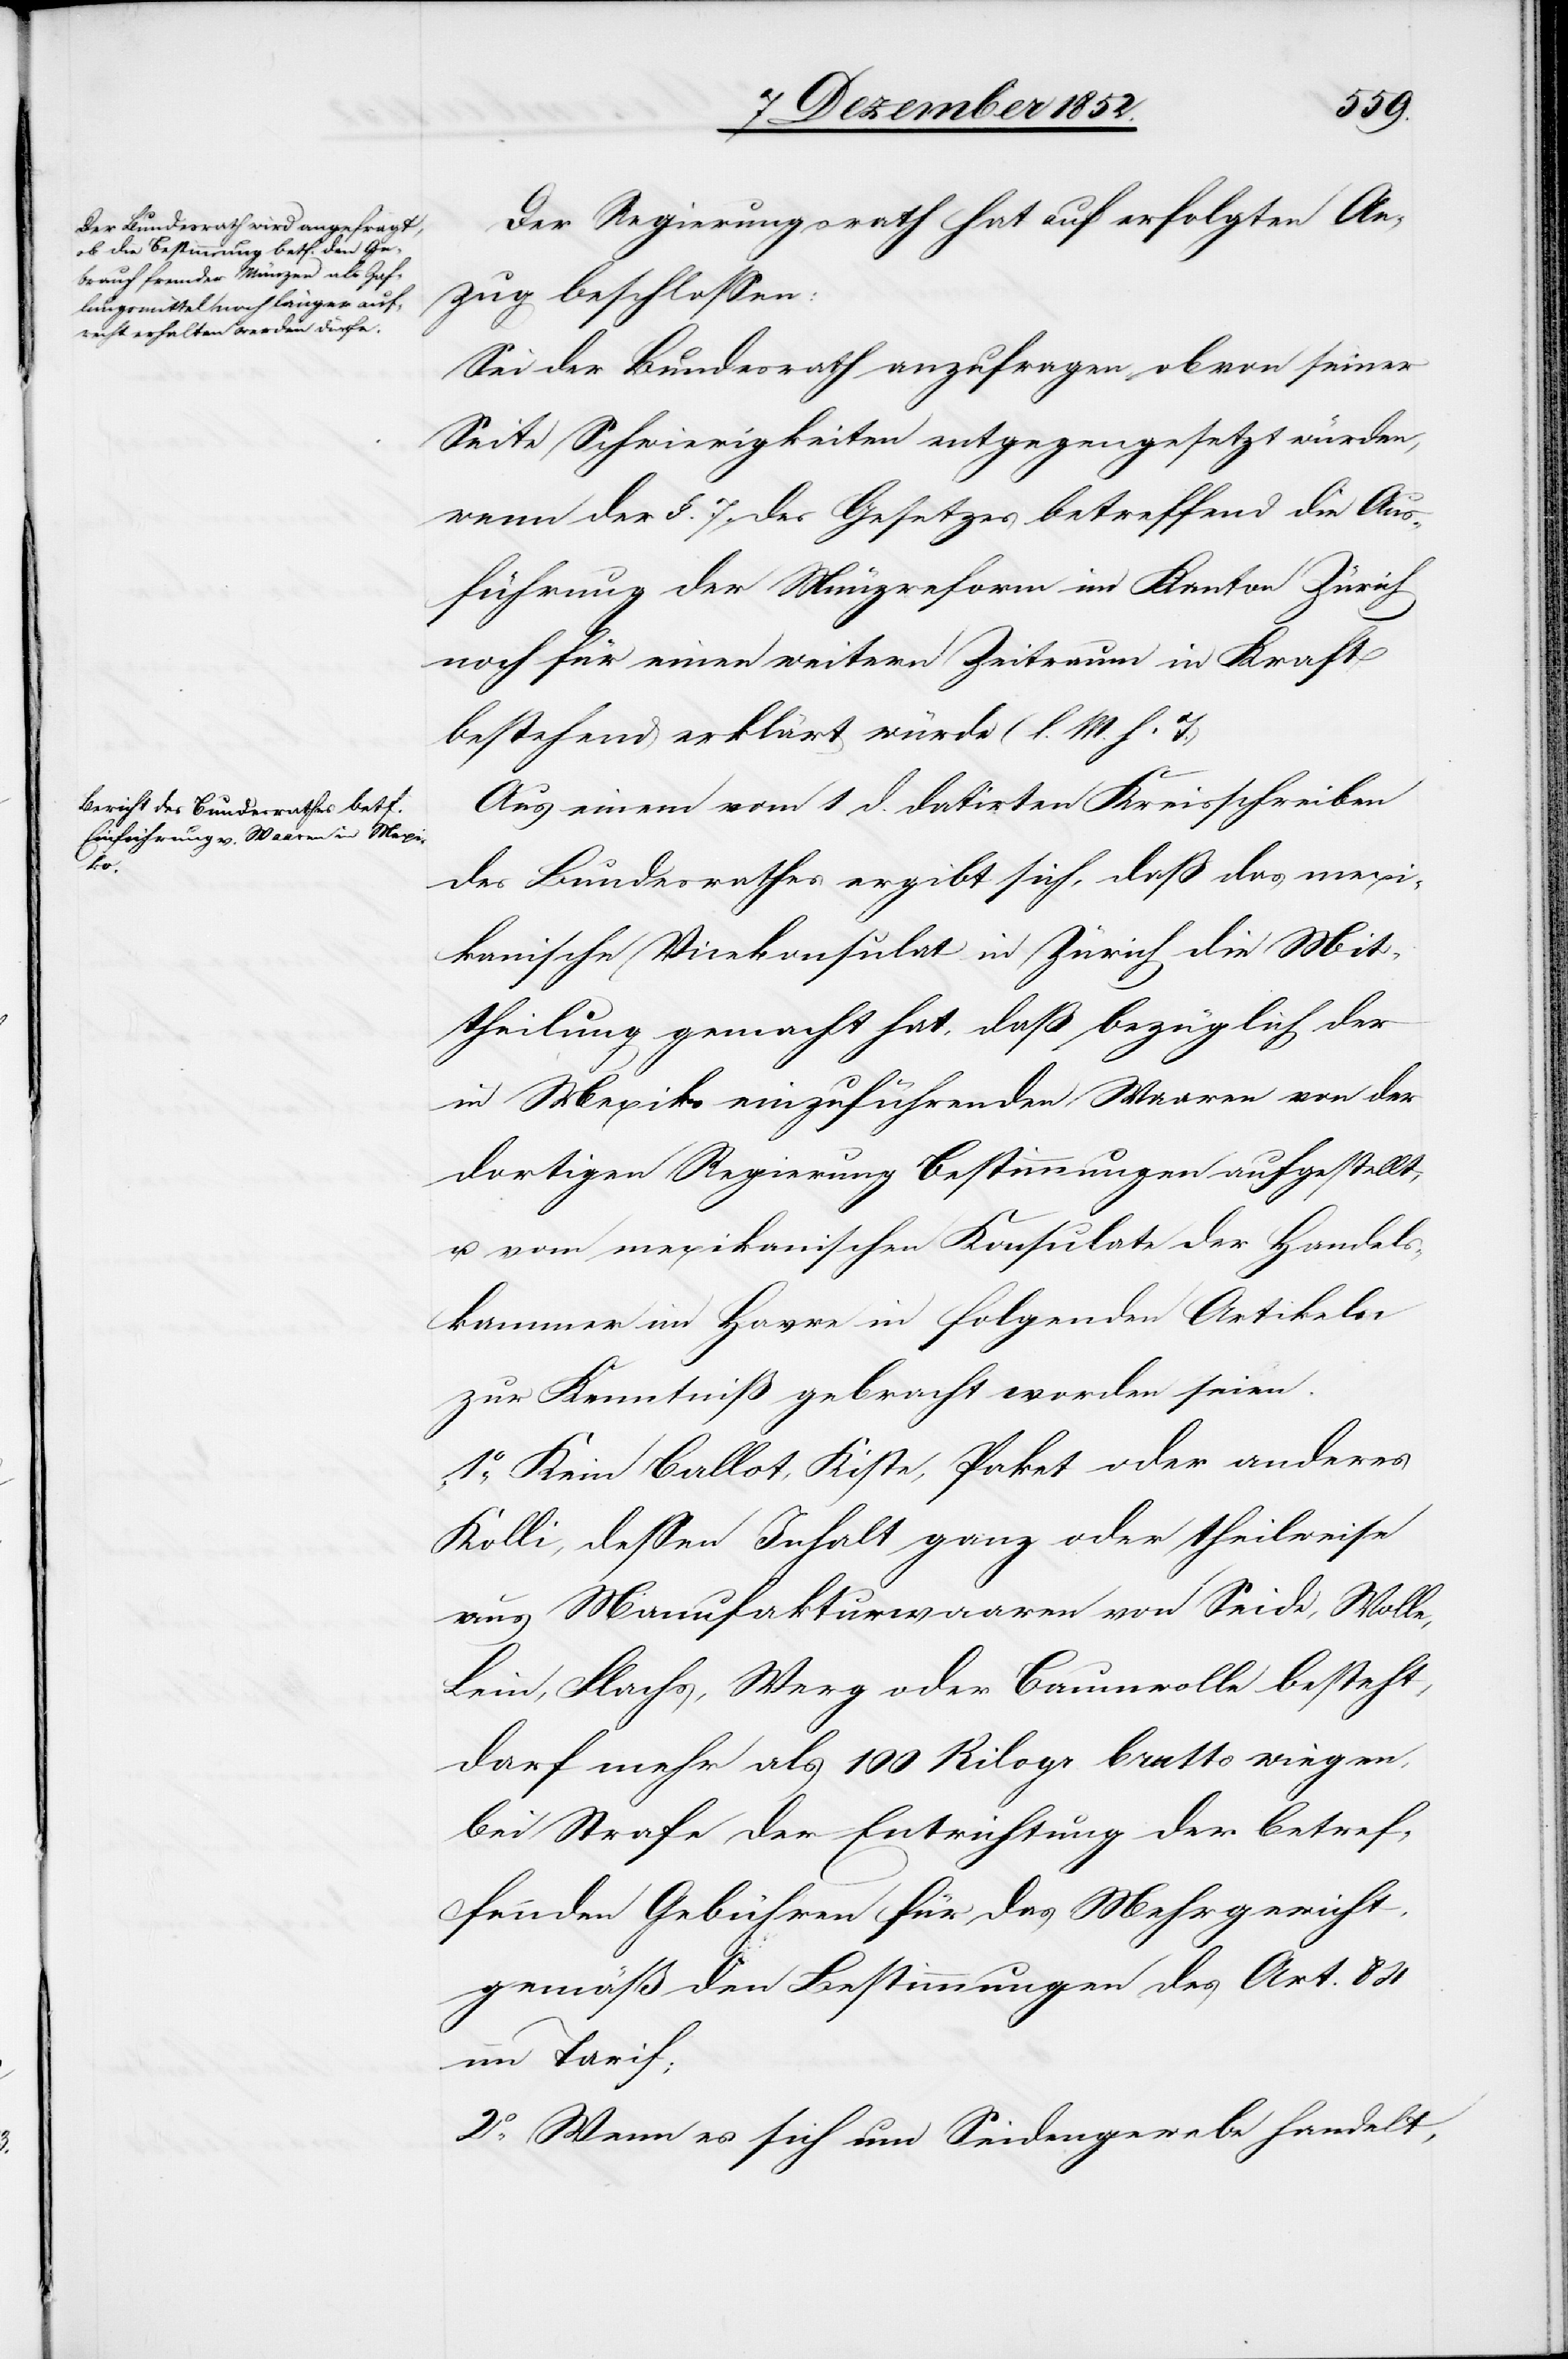
Der Regierungsrath hat auf erfolgten An¬
zug beschlossen:
Sei der Bundesrath anzufragen ob von seiner
Seite Schwierigkeiten entgegengesetzt würden,
wenn der §. 7. des Gesetzes betreffend die Aus¬
führung der Münzreform im Kanton Zürich
noch für einen weitern Zeitraum in Kraft
bestehend erklärt würde (l. M. h. T.)
Aus einem vom 1 d. datirten Kreisschreiben
des Bundesrathes ergibt sich, daß das mexi¬
kanische Vicekonsulat in Zürich die Mit¬
theilung gemacht hat, daß bezüglich der
in Mexiko einzuführenden Waaren von der
dortigen Regierung Bestimmungen aufgestellt,
u. vom mexikanischen Konsulate der Handels¬
kammer im Havre in folgenden Artikeln
zur Kenntniß gebracht worden seien.
„1o, Kein Ballot, Kiste, Paket oder anderes
Kolli, dessen Inhalt ganz oder theilweise
aus Manufakturwaaren von Seide, Wolle,
Lein, Flachs, Werg oder Baumwolle besteht,
darf mehr als 100 Kilogr. brutto wiegen,
bei Strafe der Entrichtung der betref¬
fenden Gebühren für das Mehrgewicht,
gemäß den Bestimmungen des Art. 84
im Tarif;
2o, Wenn es sich um Seidengewebe handelt,